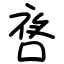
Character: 㖱